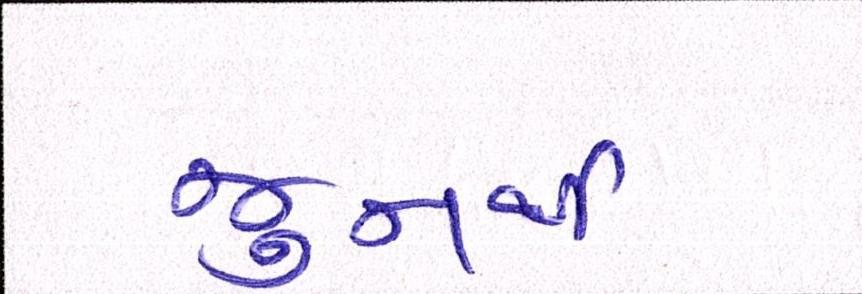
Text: જુનથી